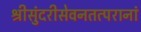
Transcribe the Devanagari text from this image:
श्रीसुंदरीसेवनतत्परानां